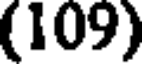
(109)